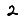
Digit: 2